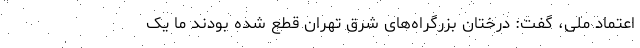
اعتماد ملی، گفت: درختان بزرگراه‌های شرق تهران قطع شده بودند ما یک